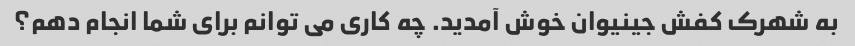
به شهرک کفش جینیوان خوش آمدید. چه کاری می توانم برای شما انجام دهم؟